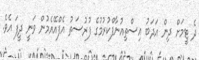
ދެ ޓީމަށް ދިން އަދަބު އިސްތިއުނާފްކުރުމުގެ ފުރުސަތު އެފްއޭއެމުން ވަނީ ދީފަ އެވެ.